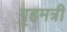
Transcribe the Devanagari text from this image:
गृहमत्री